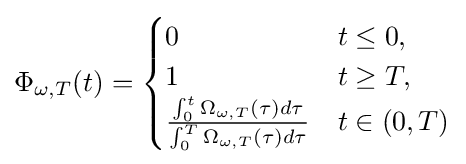
\Phi _{\omega ,T}(t)={\begin{cases}0&t\leq 0,\\1&t\geq T,\\{\frac {\int _{0}^{t}\Omega _{\omega ,T}(\tau )d\tau }{\int _{0}^{T}\Omega _{\omega ,T}(\tau )d\tau }}&t\in (0,T)\end{cases}}